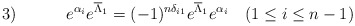
\begin{align*}3) \hspace{.5in} e^{\alpha_i}e^{\overline{\Lambda}_1} =(-1)^{n \delta_{i1}}e^{\overline{\Lambda}_1}e^{\alpha_i} \quad (1 \leq i \leq n-1)\end{align*}